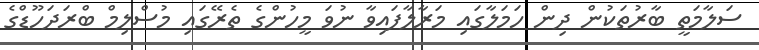
ސަލާމަތީ ބާރުތަކުން ދިން ހަމަލާގައި މަރާލާފައިވާ ނުވަ މީހުންގެ ތެރޭގައި މުސްލިމް ބްރަދަހޫޑްގެ